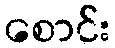
စောင်း